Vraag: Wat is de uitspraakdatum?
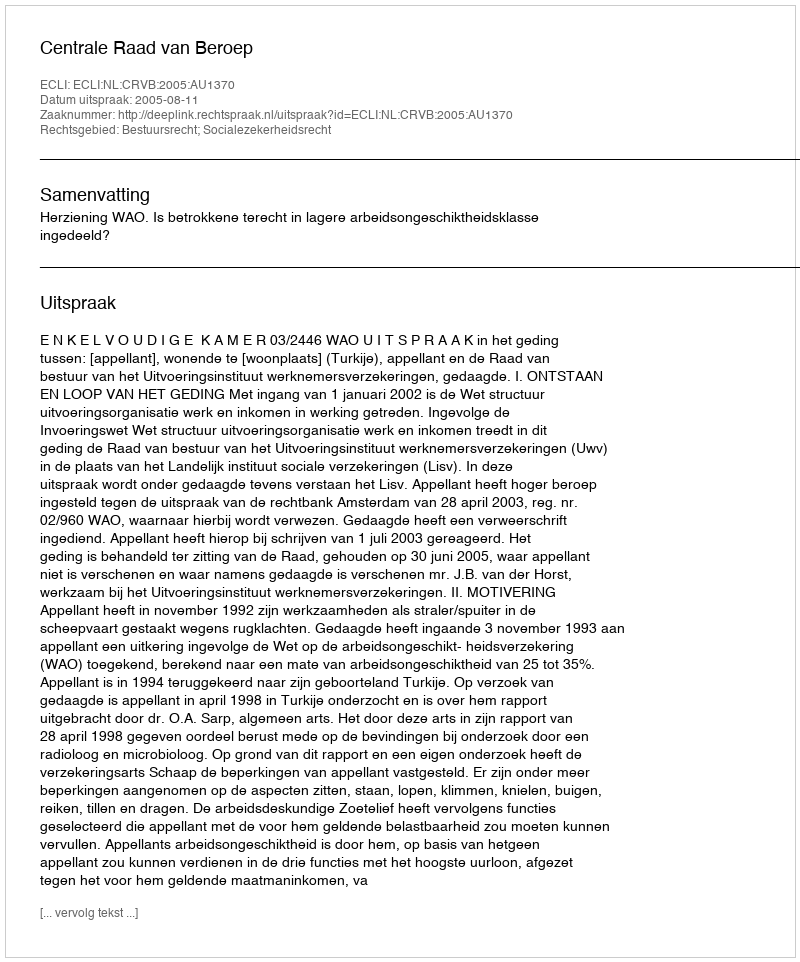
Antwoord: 2005-08-11